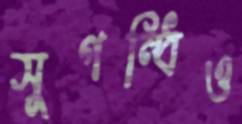
সুগন্ধিও